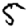
Digit: 5